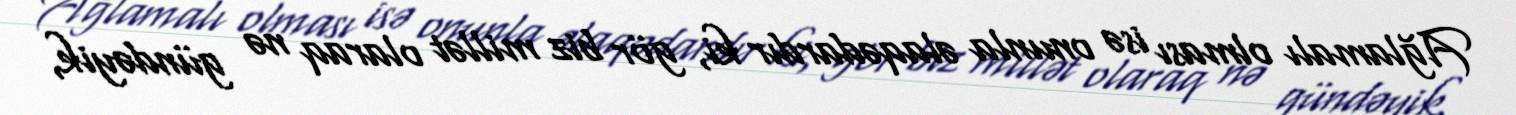
Ağlamalı olması isə onunla əlaqədardır ki, gör biz millət olaraq nə gündəyik,